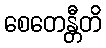
စေတေန္တီတိ